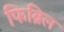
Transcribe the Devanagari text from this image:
फिब्रिल